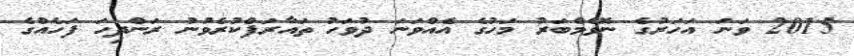
2015 ވަނަ އަހަރުގެ ނޮވެމްބަރު މަހުގެ އެއްވަނަ ދުވަހު ތައާރަފްކުރެވުނު ރަންދިހަ ފަހެއްގެ